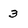
Character: 3